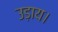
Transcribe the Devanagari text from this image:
उड़ाय।